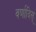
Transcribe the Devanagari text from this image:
वर्णादिस्‌